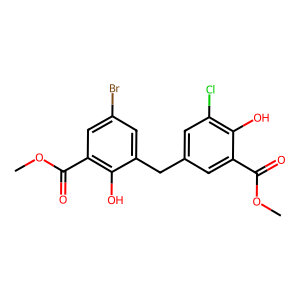
SMILES: COC(=O)c1cc(Cc2cc(Br)cc(C(=O)OC)c2O)cc(Cl)c1O
Inhibits HIV replication: No